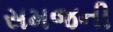
સમજની